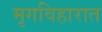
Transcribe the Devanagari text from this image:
मृगविहारात